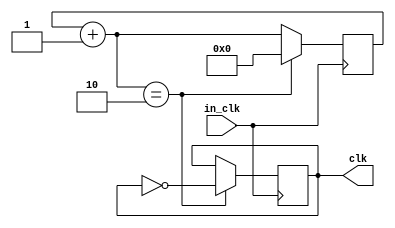
`timescale 1 ns/ 1 ps

module clk_divider (
    input in_clk,
    output reg clk
    );
    
    reg [32:0] count; 
    
    initial begin
        count = 0; 
        clk = 0; 
    end
    
    always @(negedge in_clk) begin
        count = count + 1; 
        if(count == 2) begin
            clk <= ~clk; 
            count <= 0; 
        end
    end
    
    
    
    
endmodule